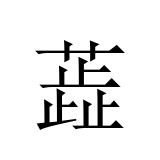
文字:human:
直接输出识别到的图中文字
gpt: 蕋